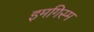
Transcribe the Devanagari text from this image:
इमगिस्म